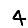
Digit: 4